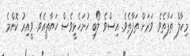
މިކާލް ތަފާތެވެ. ވަރަށް ތަފާތެވެ. އިސްވެ ލޯބި ހުށަހެޅީވެސް ހަޔާތީއެވެ. ވީއިރު ކޮންމެ